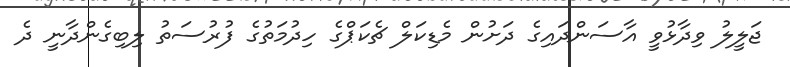
ޖަލީލު ވިދާޅުވީ އާސަންދައިގެ ދަށުން މެޑިކަލް ޗެކަޕްގެ ހިދުމަތުގެ ފުރުސަތު ލިބިގެންދާނީ ދެ